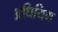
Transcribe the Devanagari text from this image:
अधियिम